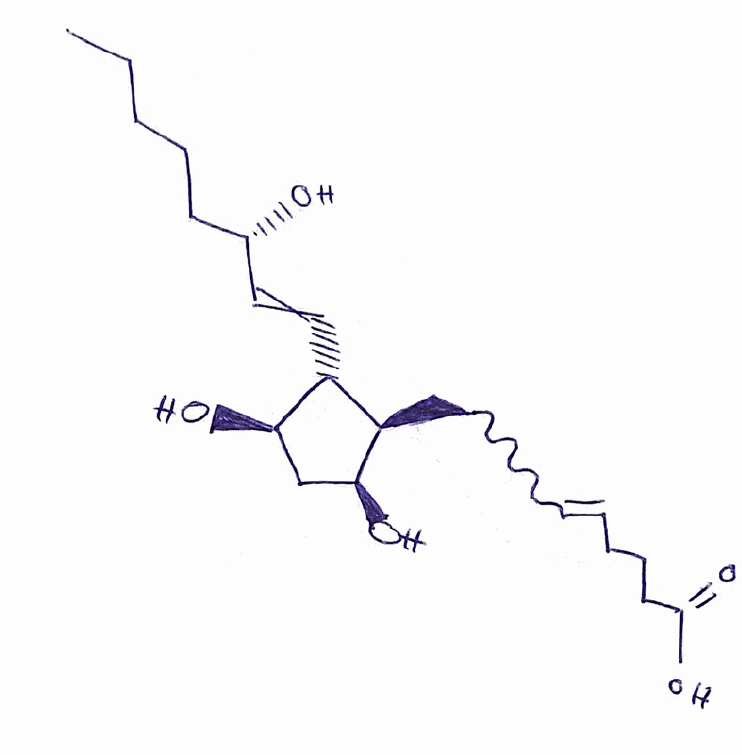
Simplified molecular-input line-entry system (SMILES) notation of the given molecule:
CCCCC[C@@H](C=C[C@H]1[C@@H](C[C@@H]([C@@H]1CC=CCCCC(=O)O)O)O)O